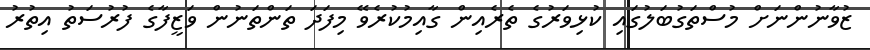
ޒުވާނުންނަށް މުސްތަގުބަލުގައި ކުޅިވަރުގެ ތެރެއިން ގާއިމުކުރެވޭ މިފަދަ ތަންތަނުން ވަޒީފާގެ ފުރުސަތު އިތުރު